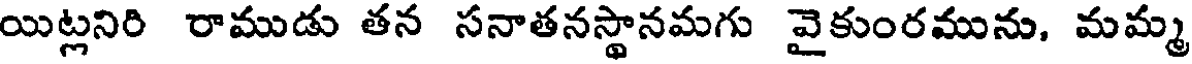
యిట్లనిరి రాముడు తన సనాతనస్థానమగు వైకుంరమును, మమ్మ